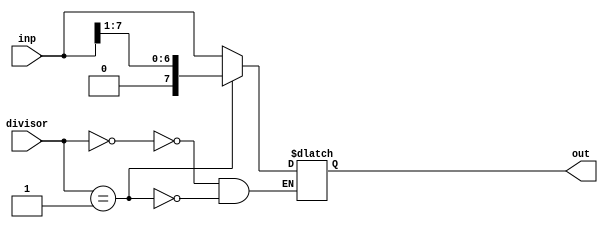
module AmpiltudeSelector(inp, divisor, out);
    input [7:0] inp;
    input [1:0] divisor;
    output reg [7:0] out;
    always @(divisor, inp) begin
        case (divisor)
            00: out = inp;
            01: out = inp >> 1;
            10: out = inp >> 2;
            11: out = inp >> 3;
        endcase
    end
endmodule